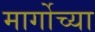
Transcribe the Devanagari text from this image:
मार्गोच्या